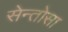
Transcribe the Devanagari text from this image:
सेन्तोसा